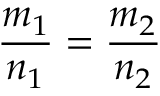
{ \frac { m _ { 1 } } { n _ { 1 } } } = { \frac { m _ { 2 } } { n _ { 2 } } }